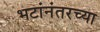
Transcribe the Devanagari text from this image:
भटांनंतरच्या